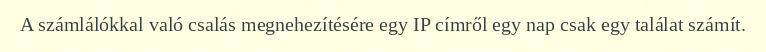
A számlálókkal való csalás megnehezítésére egy IP címről egy nap csak egy találat számít.